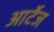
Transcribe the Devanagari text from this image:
आर्टेज